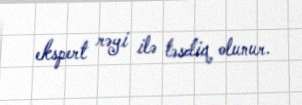
ekspert rəyi ilə təsdiq olunur.